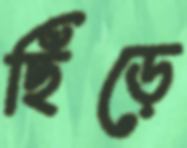
ছিঁড়ে